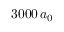
3 0 0 0 \, a _ { 0 }